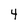
Character: 4